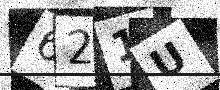
Text: 621U